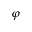
\varphi